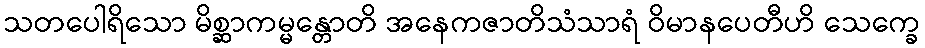
သတပေါရိသော မိစ္ဆာကမ္မန္တောတိ အနေကဇာတိသံသာရံ ဝိမာနပေတီဟိ သေက္ခေ